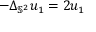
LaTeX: - \Delta _ { \mathbb { S } ^ { 2 } } u _ { 1 } = 2 u _ { 1 }